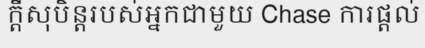
ក្តីសុបិន្តរបស់អ្នកជាមួយ Chase ការផ្តល់